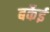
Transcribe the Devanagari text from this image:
बर्केई